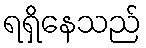
ရရှိနေသည်